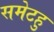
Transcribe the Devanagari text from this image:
समेटहु